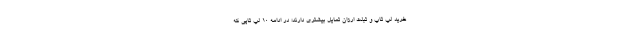
خرید لپ تاپ و تبلت ارزان تمایل بیشتری دارند؛ در ادامه 10 لپ تاپی که